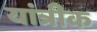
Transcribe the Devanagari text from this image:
यांत्रीक